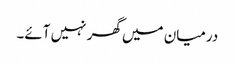
درمیان میں گھر نہیں آئے۔